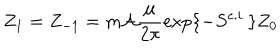
Z _ { 1 } = Z _ { - 1 } = m { \cal A } \frac { \mu } { 2 \pi } \exp \{ - S ^ { e . i . } \} Z _ { 0 }